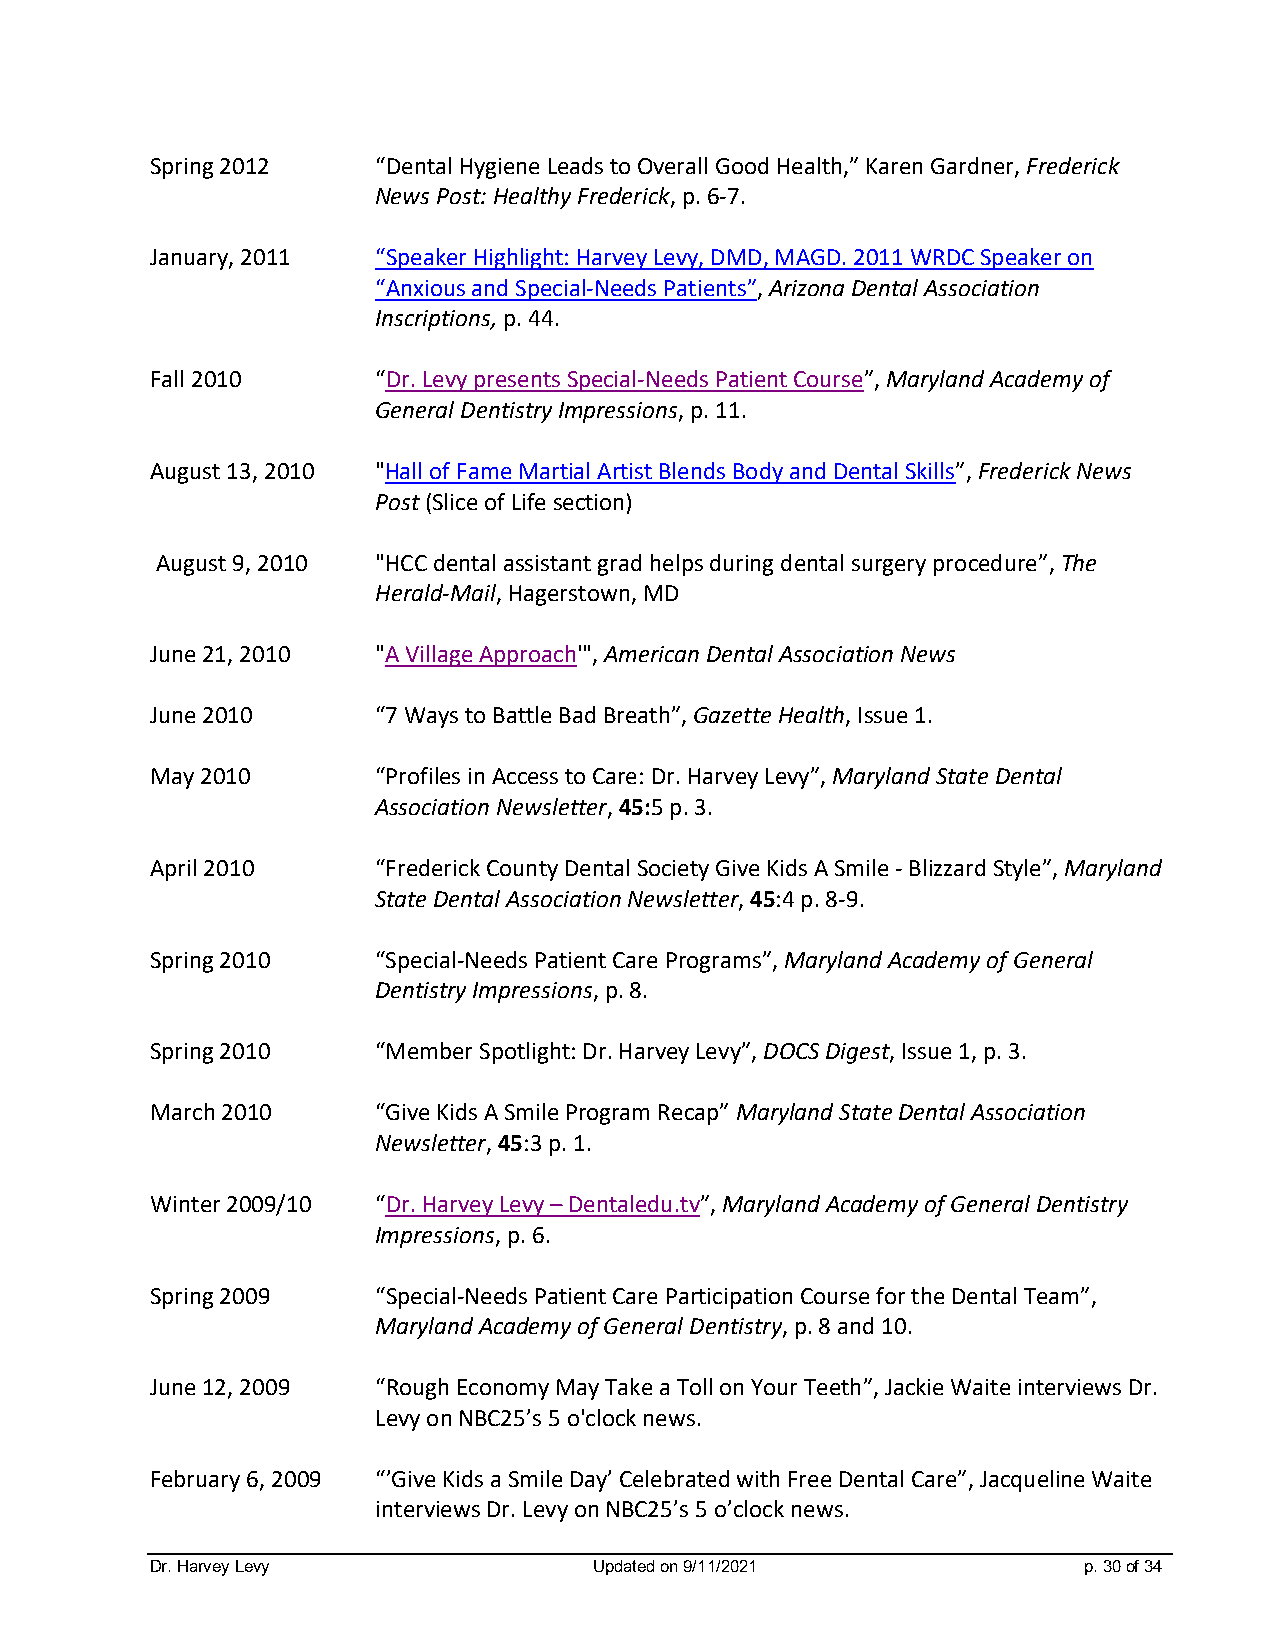
Spring 2012    “Dental Hygiene Leads to Overall Good Health,” Karen Gardner, Frederick
 News Post: Healthy Frederick, p. 6-7.
 January, 2011  “Speaker Highlight: Harvey Levy, DMD, MAGD. 2011 WRDC Speaker on
 “Anxious and Special-Needs Patients”, Arizona Dental Association
 Inscriptions, p. 44.
 Fall 2010      “Dr. Levy presents Special-Needs Patient Course”, Maryland Academy of
 General Dentistry Impressions, p. 11.
 August 13, 2010 "Hall of Fame Martial Artist Blends Body and Dental Skills”, Frederick News
 Post (Slice of Life section)
 August 9, 2010 "HCC dental assistant grad helps during dental surgery procedure”, The
 Herald-Mail, Hagerstown, MD
 June 21, 2010  "A Village Approach'", American Dental Association News
 June 2010      “7 Ways to Battle Bad Breath”, Gazette Health, Issue 1.
 May 2010       “Profiles in Access to Care: Dr. Harvey Levy”, Maryland State Dental
 Association Newsletter, 45:5 p. 3.
 April 2010     “Frederick County Dental Society Give Kids A Smile - Blizzard Style”, Maryland
 State Dental Association Newsletter, 45:4 p. 8-9.
 Spring 2010    “Special-Needs Patient Care Programs”, Maryland Academy of General
 Dentistry Impressions, p. 8.
 Spring 2010    “Member Spotlight: Dr. Harvey Levy”, DOCS Digest, Issue 1, p. 3.
 March 2010     “Give Kids A Smile Program Recap” Maryland State Dental Association
 Newsletter, 45:3 p. 1.
 Winter 2009/10 “Dr. Harvey Levy – Dentaledu.tv”, Maryland Academy of General Dentistry
 Impressions, p. 6.
 Spring 2009    “Special-Needs Patient Care Participation Course for the Dental Team”,
 Maryland Academy of General Dentistry, p. 8 and 10.
 June 12, 2009  “Rough Economy May Take a Toll on Your Teeth”, Jackie Waite interviews Dr.
 Levy on NBC25’s 5 o'clock news.
 February 6, 2009 “’Give Kids a Smile Day’ Celebrated with Free Dental Care”, Jacqueline Waite
 interviews Dr. Levy on NBC25’s 5 o’clock news.
 Dr. Harvey Levy              Updated on 9/11/2021             p. 30 of 34